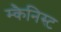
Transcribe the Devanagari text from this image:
म्कैनिस्ट